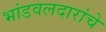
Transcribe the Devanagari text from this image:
भांडवलदारांचे